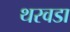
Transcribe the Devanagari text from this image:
थरवडा